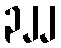
၃၂၂